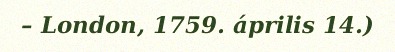
– London, 1759. április 14.)